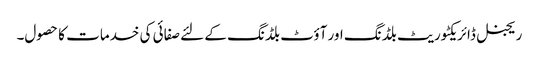
ریجنل ڈائریکٹوریٹ بلڈنگ اور آؤٹ بلڈنگ کے لئے صفائی کی خدمات کا حصول۔